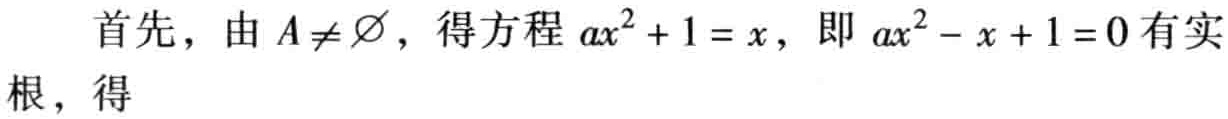
首先，由\(A \neq \varnothing\)，得方程\(ax^{2}+1 = x\)，即\(ax^{2}-x + 1 = 0\)有实根，得